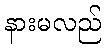
နားမလည်